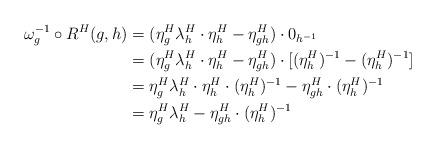
LaTeX: \begin{align*} \omega_g^{-1} \circ R^H(g,h) &= (\eta^H_g\lambda^H_h \cdot \eta^H_h - \eta^H_{gh}) \cdot 0_{h^{-1}} \\ &= (\eta^H_g\lambda^H_h \cdot \eta^H_h - \eta^H_{gh}) \cdot [(\eta^H_h)^{-1} - (\eta^H_h)^{-1}] \\ &= \eta^H_g\lambda^H_h \cdot \eta^H_h \cdot (\eta^H_h)^{-1} - \eta^H_{gh} \cdot (\eta^H_h)^{-1} \\ &= \eta^H_g\lambda^H_h - \eta^H_{gh} \cdot (\eta^H_h)^{-1}\end{align*}